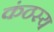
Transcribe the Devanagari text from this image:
कंठस्य